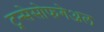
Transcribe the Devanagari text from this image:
ट्रन्सेसोफगेअल